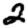
Digit: 2